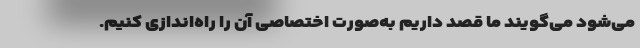
می‌شود می‌گویند ما قصد داریم به‌صورت اختصاصی آن را راه‌اندازی کنیم.